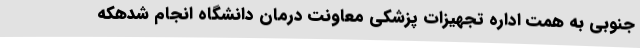
جنوبی به همت اداره تجهیزات پزشکی معاونت درمان دانشگاه انجام شدهکه